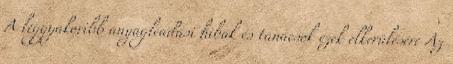
A leggyakoribb anyagleadási hibák és tanácsok ezek elkerülésére Az